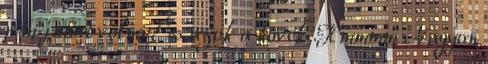
nem jutott volna És azok a kövek .Hmmmm Nagyon